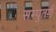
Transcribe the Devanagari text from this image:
सम्पुतर्ण